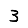
Digit: 3